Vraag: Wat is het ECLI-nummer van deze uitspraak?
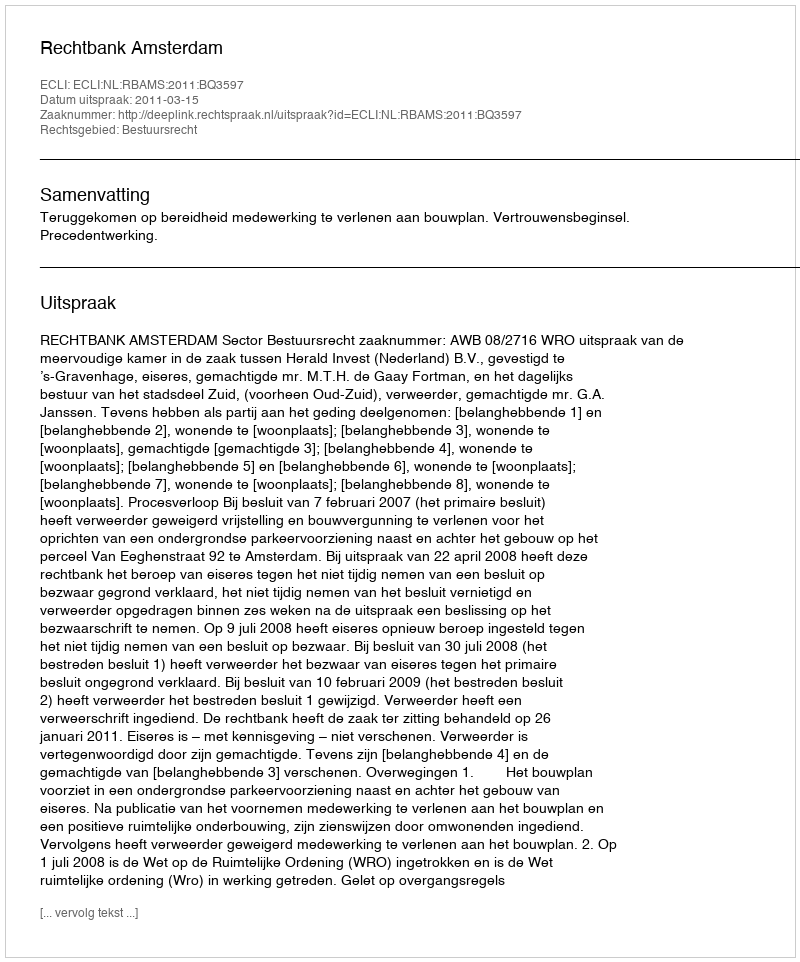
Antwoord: ECLI:NL:RBAMS:2011:BQ3597